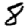
Digit: 8